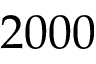
2 0 0 0